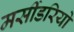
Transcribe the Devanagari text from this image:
मर्सीडरियो